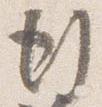
行